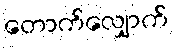
တောက်လျှောက်